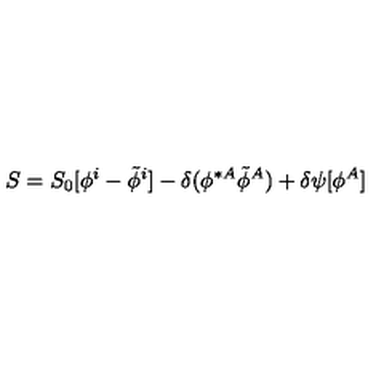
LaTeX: S = S _ { 0 } [ \phi ^ { i } - \tilde { \phi } ^ { i } ] - \delta ( \phi ^ { \ast A } \tilde { \phi } ^ { A } ) + \delta \psi [ \phi ^ { A } ]